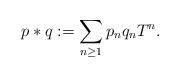
LaTeX: \begin{align*}p\ast q:=\sum_{n \geq 1}p_n q_nT^n.\end{align*}